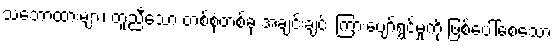
သဘောထားများ၊ တူညီသော တစ်စုံတစ်ခု အချင်းချင်း ကြားပျော်ရွှင်မှုကို ဖြစ်ပေါ်စေသော